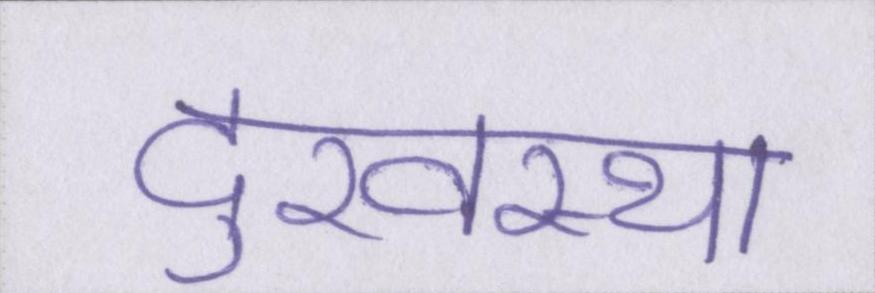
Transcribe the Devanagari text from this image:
दुरवस्था